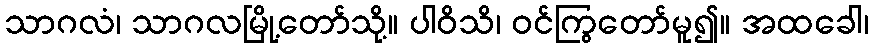
သာဂလံ၊ သာဂလမြို့တော်သို့။ ပါဝိသိ၊ ဝင်ကြွတော်မူ၍။ အထခေါ၊